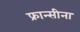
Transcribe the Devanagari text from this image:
फ्रान्सीना